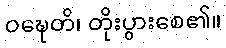
ဝဍ္ဎေတိ၊ တိုးပွားစေ၏။